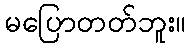
မပြောတတ်ဘူး။